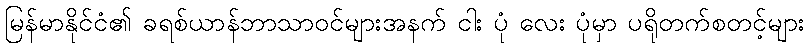
မြန်မာနိုင်ငံ၏ ခရစ်ယာန်ဘာသာဝင်များအနက် ငါး ပုံ လေး ပုံမှာ ပရိုတက်စတင့်များ